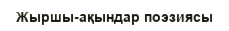
Жыршы-ақындар поэзиясы